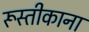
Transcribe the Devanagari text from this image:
रूस्तीकाना